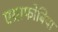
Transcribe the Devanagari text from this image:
एग्राफोबिया